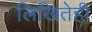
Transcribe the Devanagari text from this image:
लिखितेही